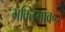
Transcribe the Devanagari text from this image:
भक्तिभाव५२